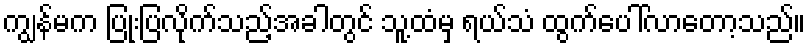
ကျွန်မက ပြုံးပြလိုက်သည့်အခါတွင် သူ့ထံမှ ရယ်သံ ထွက်ပေါ်လာတော့သည်။